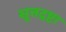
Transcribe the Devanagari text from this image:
सूत्तद्रष्टा